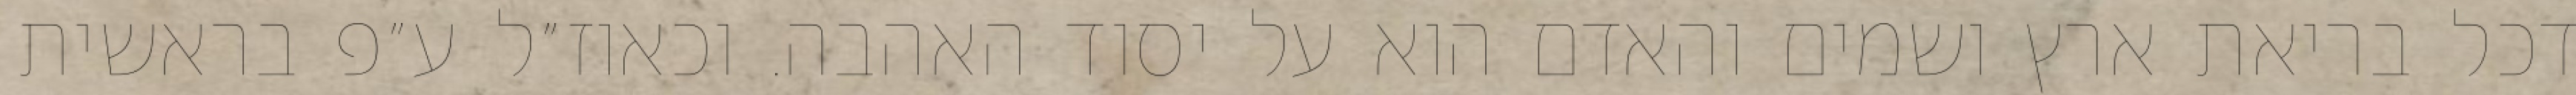
דכל בריאת ארץ ושמים והאדם הוא על יסוד האהבה. וכאוז״ל ע״פ בראשית